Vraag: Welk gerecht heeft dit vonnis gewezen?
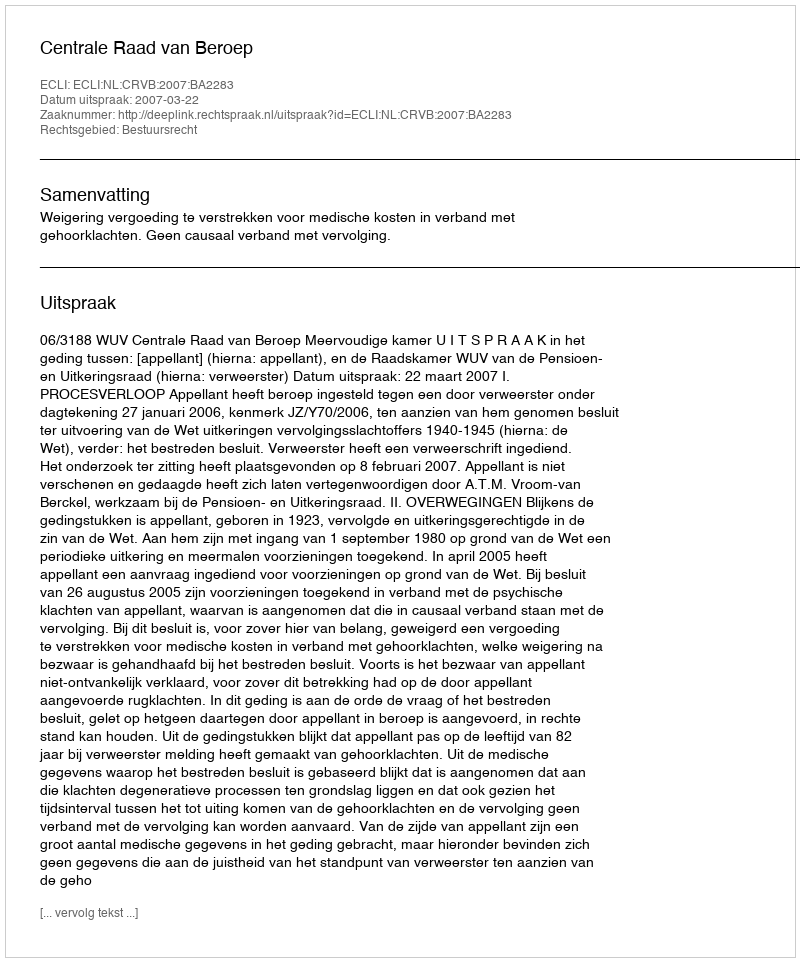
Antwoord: Centrale Raad van Beroep